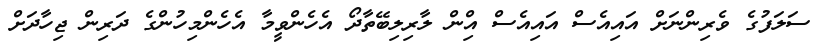
ސަލަފުގެ ވެރިންނަށް އައިއެސް އައިއެސް އިްން ލާރިލިބޭތާދޯ އެހެންވީމާ އެހެންމިހުންގެ ދަރިން ޖިހާދަށް